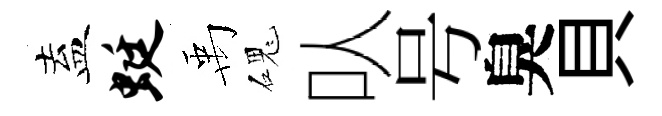
盍蜓禹磈㕥号臭貝